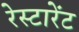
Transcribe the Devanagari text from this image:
रेस्टारेंट